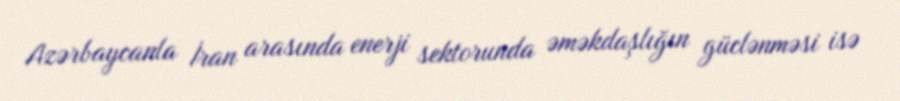
Azərbaycanla İran arasında enerji sektorunda əməkdaşlığın güclənməsi isə